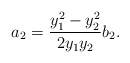
\begin{align*}a_{2}=\frac{y_{1}^{2}-y_{2}^{2}}{2y_{1}y_{2}}b_{2}.\end{align*}